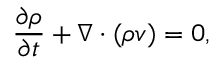
\frac { \partial \rho } { \partial t } + \nabla \cdot ( \rho \boldsymbol { v } ) = 0 ,